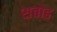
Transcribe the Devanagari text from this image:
शबोह